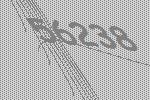
56238